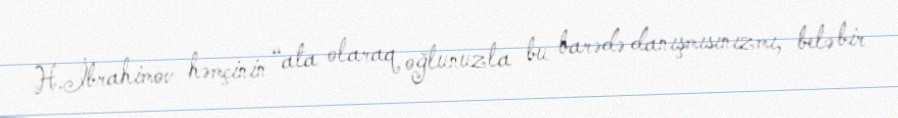
H.İbrahimov həmçinin “ata olaraq oğlunuzla bu barədə danışmısınızmı, belə bir